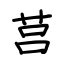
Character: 莒